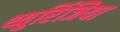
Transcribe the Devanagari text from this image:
थ्युरिंजिया